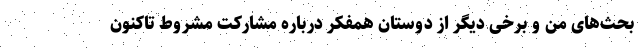
بحث‌های من و برخی دیگر از دوستان همفکر درباره مشارکت مشروط تاکنون